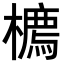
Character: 𪴇